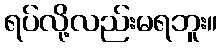
ရပ်လို့လည်းမရဘူး။